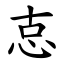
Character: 怘